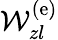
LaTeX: \mathcal{W}_{zl}^{\mathrm{(e)}}